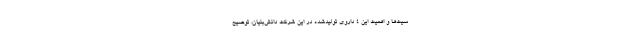
سیت‌ها و اهمیت این ۴ داروی تولیدشده در این شرکت دانش‌بنیان، توضیح